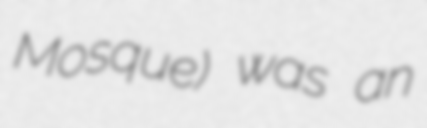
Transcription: Mosque) was an